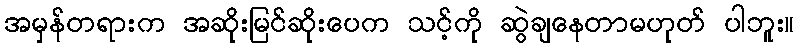
အမှန်တရားက အဆိုးမြင်ဆိုးပေက သင့်ကို ဆွဲချနေတာမဟုတ် ပါဘူး။